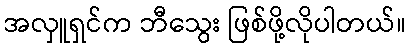
အလှူရှင်က ဘီသွေး ဖြစ်ဖို့လိုပါတယ်။